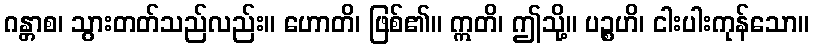
ဂန္တာစ၊ သွားတတ်သည်လည်း။ ဟောတိ၊ ဖြစ်၏။ ဣတိ၊ ဤသို့။ ပဉ္စဟိ၊ ငါးပါးကုန်သော။